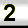
Digit: 2